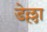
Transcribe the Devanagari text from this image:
डेल्ला